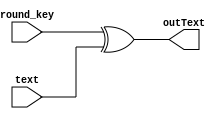
`timescale 1ns / 1ps


module add_round_key(
    // input wire clk,
    // input wire reset,
    input [0:127] round_key,
    input [0:127] text,
    output [0:127] outText
	);
	

	// always @(posedge clk or negedge reset)
	// begin
    	//Add Round Key
        assign outText = round_key[0:127] ^ text[0:127];
 
	// end
	
endmodule

module addRoundKey_tb();
	// reg clk, reset;
	reg [0:127] round_key;
	reg [0:127] text;
	wire [0:127] outText;
	
    add_round_key ark(
        // .clk(clk),
        // .reset(reset),
	    .round_key(round_key),
	    .text(text),
	    .outText(outText));

//    initial 
//   begin
//     reset = 1;
//     #5 reset = 0;
//    // #10 reset = 1;
//   end
  
//   initial 
//   begin
//     clk = 0;
//     forever clk = #5 ~clk;
//   end
    initial
    begin

    // round_key = 128'h0105090d02060a0e03070b0f04080c10; #10;
    
    // text = 128'h216242c6db17a2abe6388d1dfa3c6260; #10;

	    round_key = 128'h0102030405060708090a0b0c0d0e0f10;
    	text = 128'h21dbe6fa6217383c42a28d62c6ab1d60;
	end
    	initial begin $monitor ("%t: in_key=%h,in_text=%h,out_text=%h ", $time, round_key, text, outText);
	//key = 128'h2b28ab097eaef7cf15d2154f16a6883c;
	//data= 128'h69c4e0d86a7b0430d8cdb78070b4c55a;
    end
endmodule